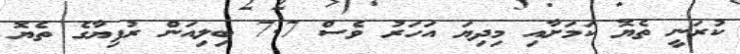
ކުރަނީ ތެޔޮ ކަމަށާއި މިދިޔަ އަހަރު ވެސް 7.7 ބިލިއަން ރުފިޔާގެ ތެޔޮ